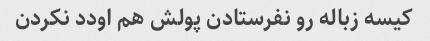
کیسه زباله رو نفرستادن پولش هم اودد نکردن